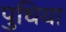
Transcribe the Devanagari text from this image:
पुधिया